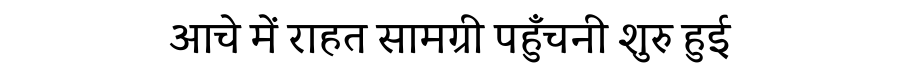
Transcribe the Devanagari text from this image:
आचे में राहत सामग्री पहुँचनी शुरु हुई